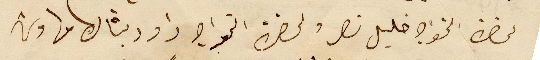
لحضرة الخواجه خليل نصر ولحضرة الخواجه داود بشاره مهاوش